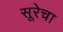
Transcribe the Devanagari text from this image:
सूरेचा